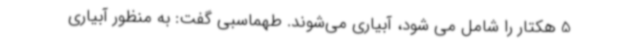
5 هکتار را شامل می شود، آبیاری می‌شوند. طهماسبی گفت: به منظور آبیاری